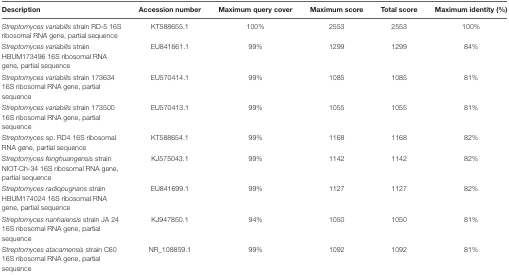
<table><thead><tr><td><b>Description</b></td><td><b>Accession number</b></td><td><b>Maximum query cover</b></td><td><b>Maximum score</b></td><td><b>Total score</b></td><td><b>Maximum identity (%)</b></td></tr></thead><tbody><tr><td><i>Streptomyces variabilis</i> strain RD-5 16S ribosomal RNA gene, partial sequence</td><td>KT588655.1</td><td>100%</td><td>2553</td><td>2553</td><td>100%</td></tr><tr><td><i>Streptomyces variabilis</i> strain HBUM173496 16S ribosomal RNA gene, partial sequence</td><td>EU841661.1</td><td>99%</td><td>1299</td><td>1299</td><td>84%</td></tr><tr><td><i>Streptomyces variabilis</i> strain 173634 16S ribosomal RNA gene, partial sequence</td><td>EU570414.1</td><td>99%</td><td>1085</td><td>1085</td><td>81%</td></tr><tr><td><i>Streptomyces variabilis</i> strain 173500 16S ribosomal RNA gene, partial sequence</td><td>EU570413.1</td><td>99%</td><td>1055</td><td>1055</td><td>81%</td></tr><tr><td><i>Streptomyces</i> sp. RD4 16S ribosomal RNA gene, partial sequence</td><td>KT588654.1</td><td>99%</td><td>1168</td><td>1168</td><td>82%</td></tr><tr><td><i>Streptomyces fenghuangensis</i> strain NIOT-Ch-34 16S ribosomal RNA gene, partial sequence</td><td>KJ575043.1</td><td>99%</td><td>1142</td><td>1142</td><td>82%</td></tr><tr><td><i>Streptomyces radiopugnans</i> strain HBUM174024 16S ribosomal RNA gene, partial sequence</td><td>EU841699.1</td><td>99%</td><td>1127</td><td>1127</td><td>82%</td></tr><tr><td><i>Streptomyces nanhaiensis</i> strain JA 24 16S ribosomal RNA gene, partial sequence</td><td>KJ947850.1</td><td>94%</td><td>1050</td><td>1050</td><td>81%</td></tr><tr><td><i>Streptomyces atacamensis</i> strain C60 16S ribosomal RNA gene, partial sequence</td><td>NR_108859.1</td><td>99%</td><td>1092</td><td>1092</td><td>81%</td></tr></tbody></table>